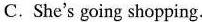
C. She's going shopping.